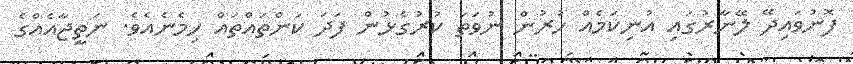
ފޮނުވައިދޭ ލޭނާރުގައި އުނިކަމެއް ހުރުން ނުވަތަ ކުރުގެޅުން ފަދަ ކަންތައްތައް ހިމެނެއެވެ. ނަތީޖާއެއްގެ